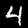
Digit: 4